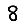
Digit: 8